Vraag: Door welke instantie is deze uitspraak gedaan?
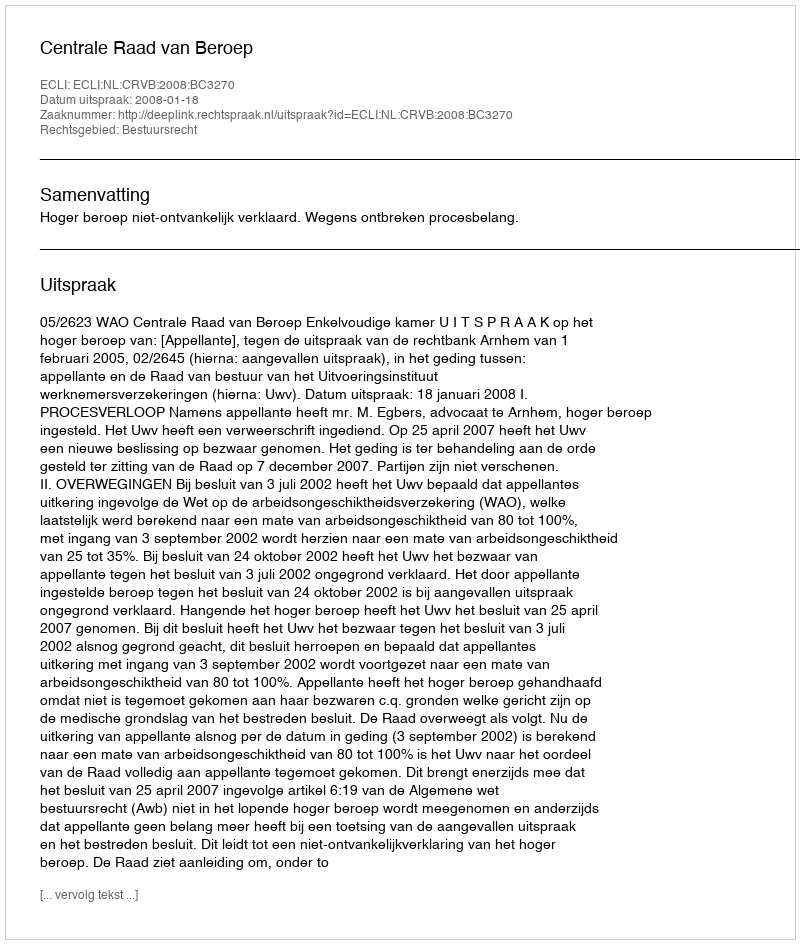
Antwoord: Centrale Raad van Beroep